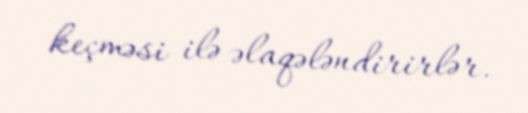
keçməsi ilə əlaqələndirirlər.